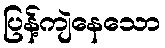
ပြန့်ကျဲနေသော